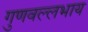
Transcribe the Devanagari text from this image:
गुणवल्लभाय